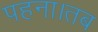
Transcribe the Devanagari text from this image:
पहना।तब